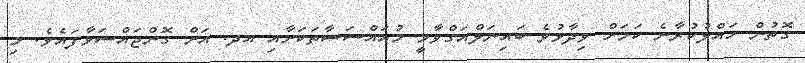
ގޮތުން ހައްލުކުރާނެ ކަމަށް ވިދާޅުވެ ބައިނަލްއަގްވާމީ މުއައްސަސާތަކަށާއި އދ. އަށް ގޮންޖައްސަވާފައެވެ. މި